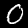
Digit: 0